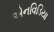
એનવિડિયા